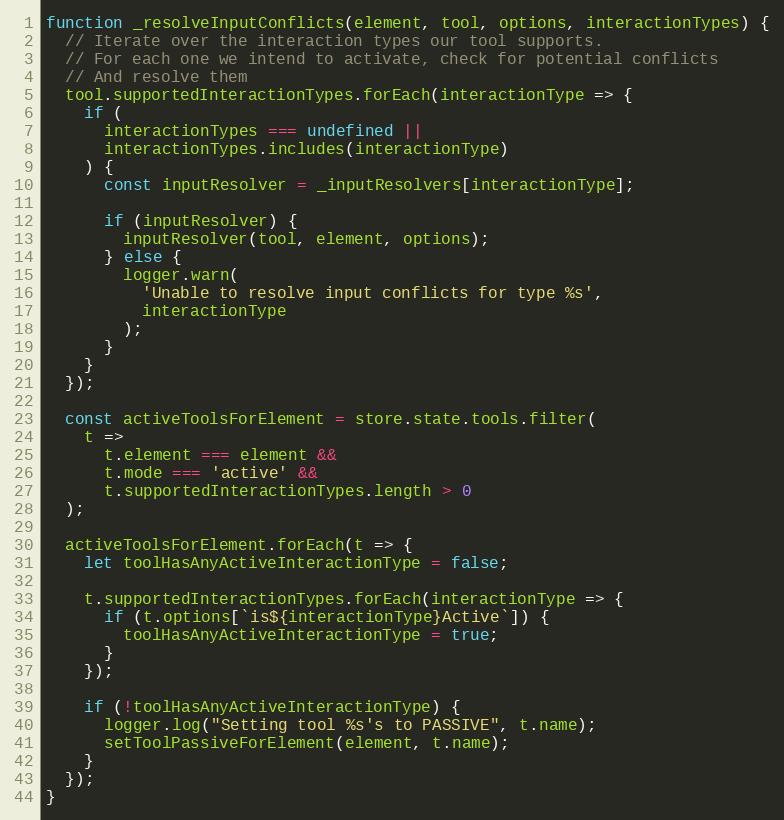
Language: JavaScript
function _resolveInputConflicts(element, tool, options, interactionTypes) {
  // Iterate over the interaction types our tool supports.
  // For each one we intend to activate, check for potential conflicts
  // And resolve them
  tool.supportedInteractionTypes.forEach(interactionType => {
    if (
      interactionTypes === undefined ||
      interactionTypes.includes(interactionType)
    ) {
      const inputResolver = _inputResolvers[interactionType];

      if (inputResolver) {
        inputResolver(tool, element, options);
      } else {
        logger.warn(
          'Unable to resolve input conflicts for type %s',
          interactionType
        );
      }
    }
  });

  const activeToolsForElement = store.state.tools.filter(
    t =>
      t.element === element &&
      t.mode === 'active' &&
      t.supportedInteractionTypes.length > 0
  );

  activeToolsForElement.forEach(t => {
    let toolHasAnyActiveInteractionType = false;

    t.supportedInteractionTypes.forEach(interactionType => {
      if (t.options[`is${interactionType}Active`]) {
        toolHasAnyActiveInteractionType = true;
      }
    });

    if (!toolHasAnyActiveInteractionType) {
      logger.log("Setting tool %s's to PASSIVE", t.name);
      setToolPassiveForElement(element, t.name);
    }
  });
}